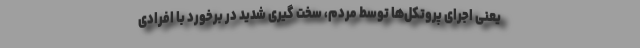
یعنی اجرای پروتکل‌ها توسط مردم، سخت گیری شدید در برخورد با افرادی